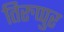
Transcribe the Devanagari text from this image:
तिरुप्पुर